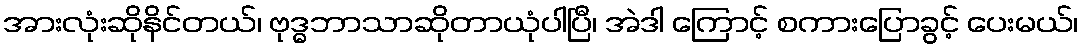
အားလုံးဆိုနိင်တယ်၊ ဗုဒ္ဓဘာသာဆိုတာယုံပါပြီ၊ အဲဒါ ကြောင့် စကားပြောခွင့် ပေးမယ်၊